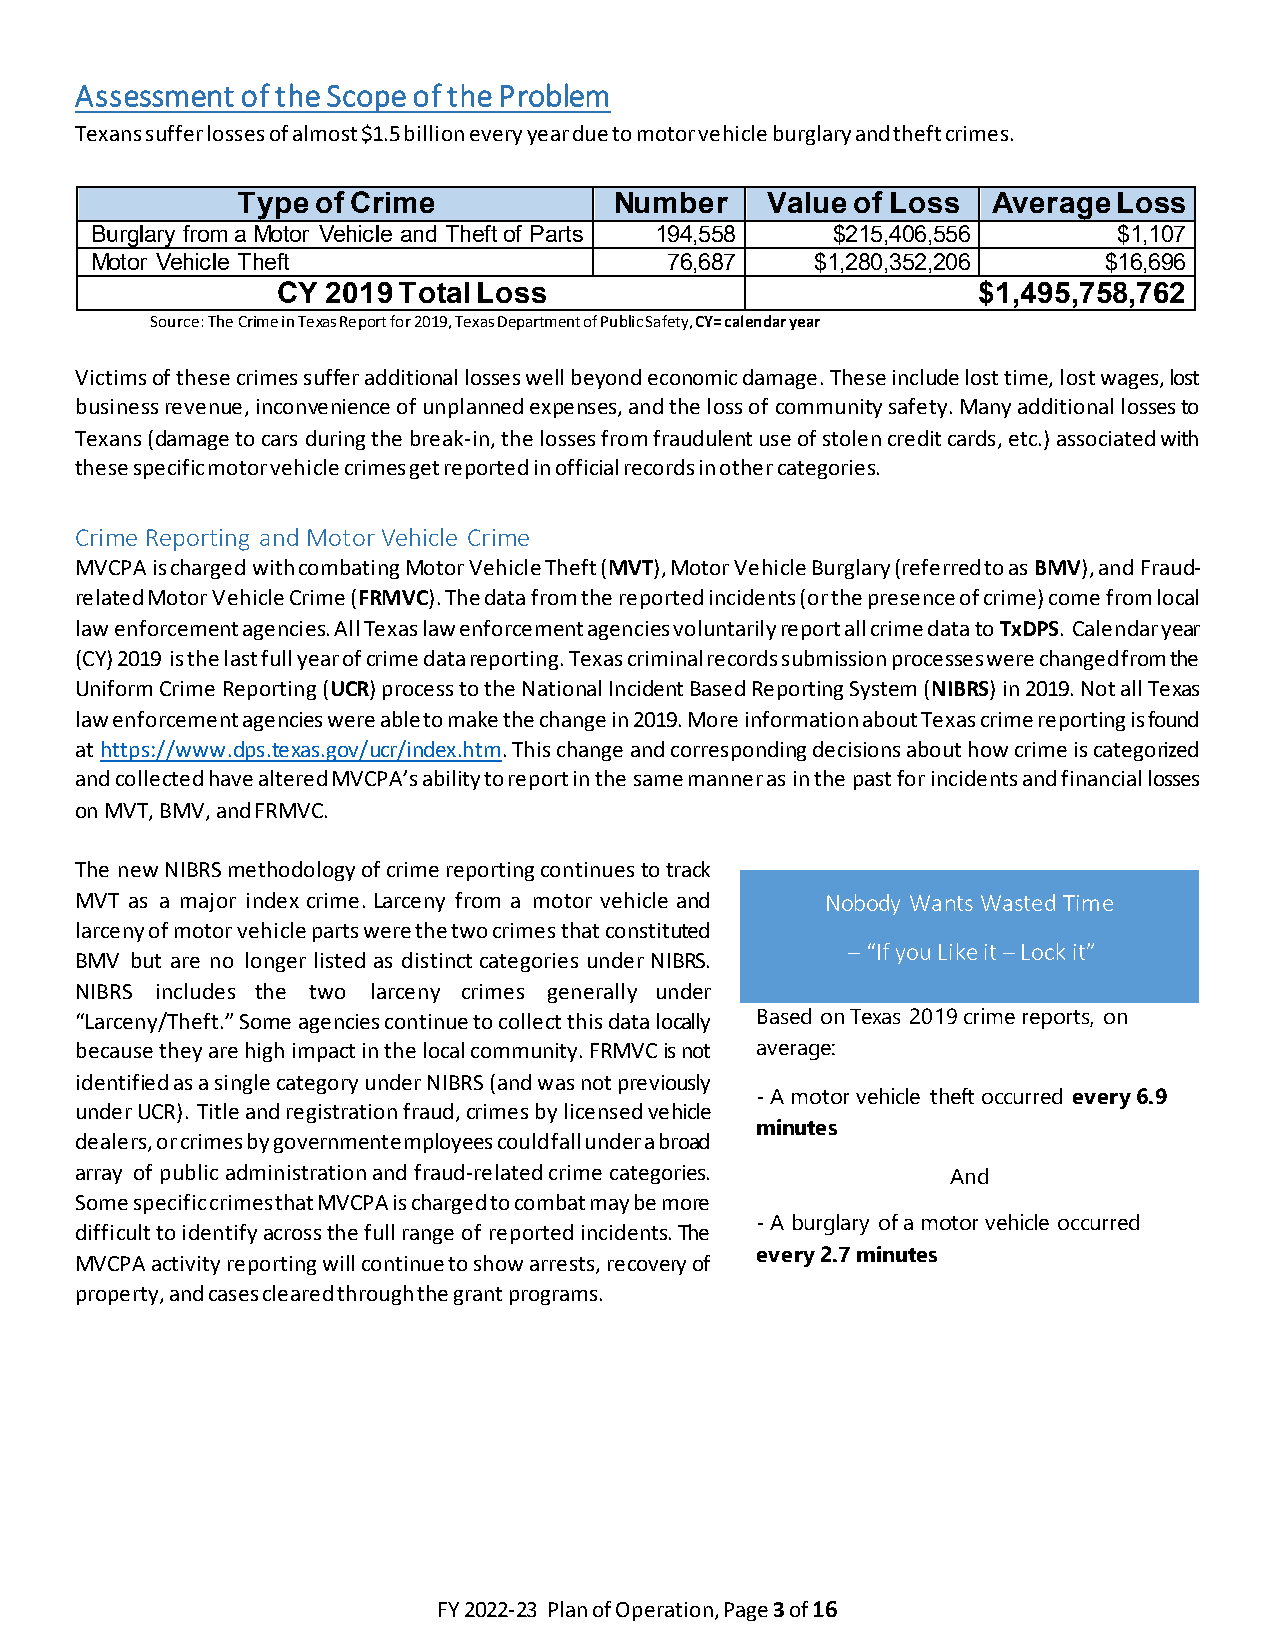
Assessment of the Scope of the Problem
 Texans suffer losses of almost $1.5 billion every year due to motor vehicle burglary and theft crimes.
 Type of Crime            Number    Value of Loss  Average Loss
 Burglary from a Motor Vehicle and Theft of Parts 194,558 $215,406,556 $1,107
 Motor Vehicle Theft                   76,687    $1,280,352,206     $16,696
 CY  2019 Total Loss                            $1,495,758,762
 Source: The Crime in Texas Report for 2019, Texas Department of Public Safety, CY= calendar year
 Victims of these crimes suffer additional losses well beyond economic damage. These include lost time, lost wages, lost
 business revenue, inconvenience of unplanned expenses, and the loss of community safety. Many additional losses to
 Texans (damage to cars during the break-in, the losses from fraudulent use of stolen credit cards, etc.) associated with
 these specific motor vehicle crimes get reported in official records in other categories.
 Crime Reporting and Motor Vehicle Crime
 MVCPA is charged with combating Motor Vehicle Theft (MVT), Motor Vehicle Burglary (referred to as BMV), and Fraud-
 related Motor Vehicle Crime (FRMVC). The data from the reported incidents (or the presence of crime) come from local
 law enforcement agencies. All Texas law enforcement agencies voluntarily report all crime data to TxDPS. Calendar year
 (CY) 2019 is the last full year of crime data reporting. Texas criminal records submission processes were changed from the
 Uniform Crime Reporting (UCR) process to the National Incident Based Reporting System (NIBRS) in 2019. Not all Texas
 law enforcement agencies were able to make the change in 2019. More information about Texas crime reporting is found
 at https://www.dps.texas.gov/ucr/index.htm. This change and corresponding decisions about how crime is categorized
 and collected have altered MVCPA’s ability to report in the same manner as in the past for incidents and financial losses
 on MVT, BMV, and FRMVC.
 The new NIBRS methodology of crime reporting continues to track
 MVT as a major index crime. Larceny from a motor vehicle and Nobody Wants Wasted Time
 larceny of motor vehicle parts were the two crimes that constituted
 – “If you Like it – Lock it”
 BMV but are no longer listed as distinct categories under NIBRS.
 NIBRS includes the two larceny crimes generally under
 “Larceny/Theft.” Some agencies continue to collect this data locally Based on Texas 2019 crime reports, on
 because they are high impact in the local community. FRMVC is not average:
 identified as a single category under NIBRS (and was not previously
 - A motor vehicle theft occurred every 6.9
 under UCR). Title and registration fraud, crimes by licensed vehicle
 minutes
 dealers, or crimes by government employees could fall under a broad
 array of public administration and fraud-related crime categories.
 And
 Some specific crimes that MVCPA is charged to combat may be more
 difficult to identify across the full range of reported incidents. The - A burglary of a motor vehicle occurred
 MVCPA activity reporting will continue to show arrests, recovery of every 2.7 minutes
 property, and cases cleared through the grant programs.
 FY 2022-23 Plan of Operation, Page 3 of 16